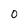
Character: 0